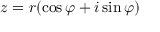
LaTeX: z = r ( \cos \varphi + i \sin \varphi )